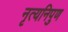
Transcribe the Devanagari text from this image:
नृत्यनिपुण